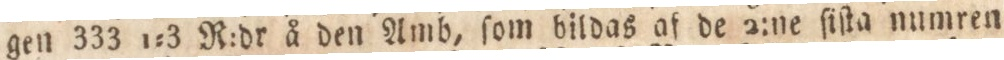
gen 333 1:3 R:dr å den Amb, ſom bildas af de 2:ne ſiſta numren